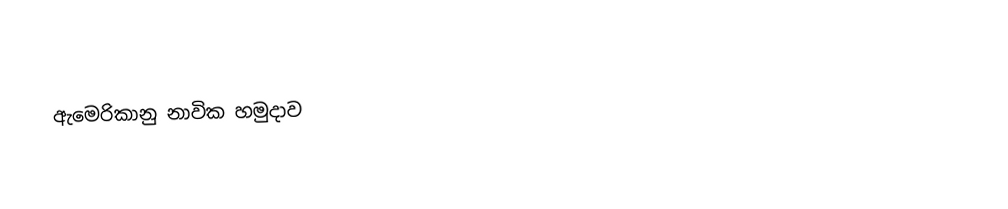
ඇමෙරිකානු නාවික හමුදාව